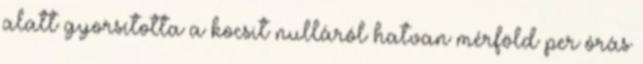
alatt gyorsította a kocsit nulláról hatvan mérföld per órás